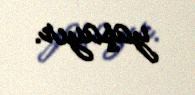
yaşayır.